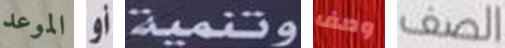
الموعد أو وتنمية وصف الصف